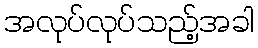
အလုပ်လုပ်သည့်အခါ